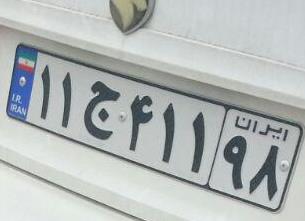
۱۱ج۴۱۱۹۸